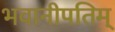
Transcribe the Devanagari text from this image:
भवानीपतिम्